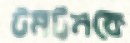
টমটমকে